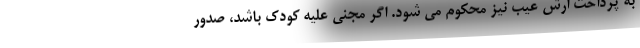
به پرداخت ارش عیب نیز محکوم می شود. اگر مجنی علیه کودک باشد، صدور